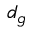
d _ { g }